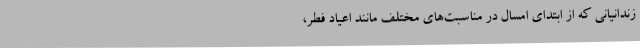
زندانیانی که از ابتدای امسال در مناسبت‌های مختلف مانند اعیاد فطر،